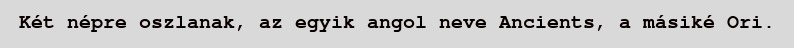
Két népre oszlanak, az egyik angol neve Ancients, a másiké Ori.